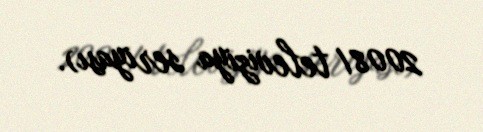
2008/ televiziya seriyası).